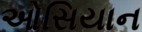
ઓસિયાન